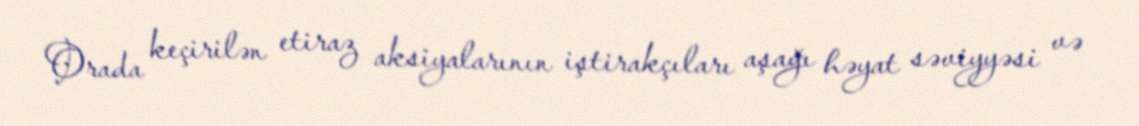
Orada keçirilən etiraz aksiyalarının iştirakçıları aşağı həyat səviyyəsi və